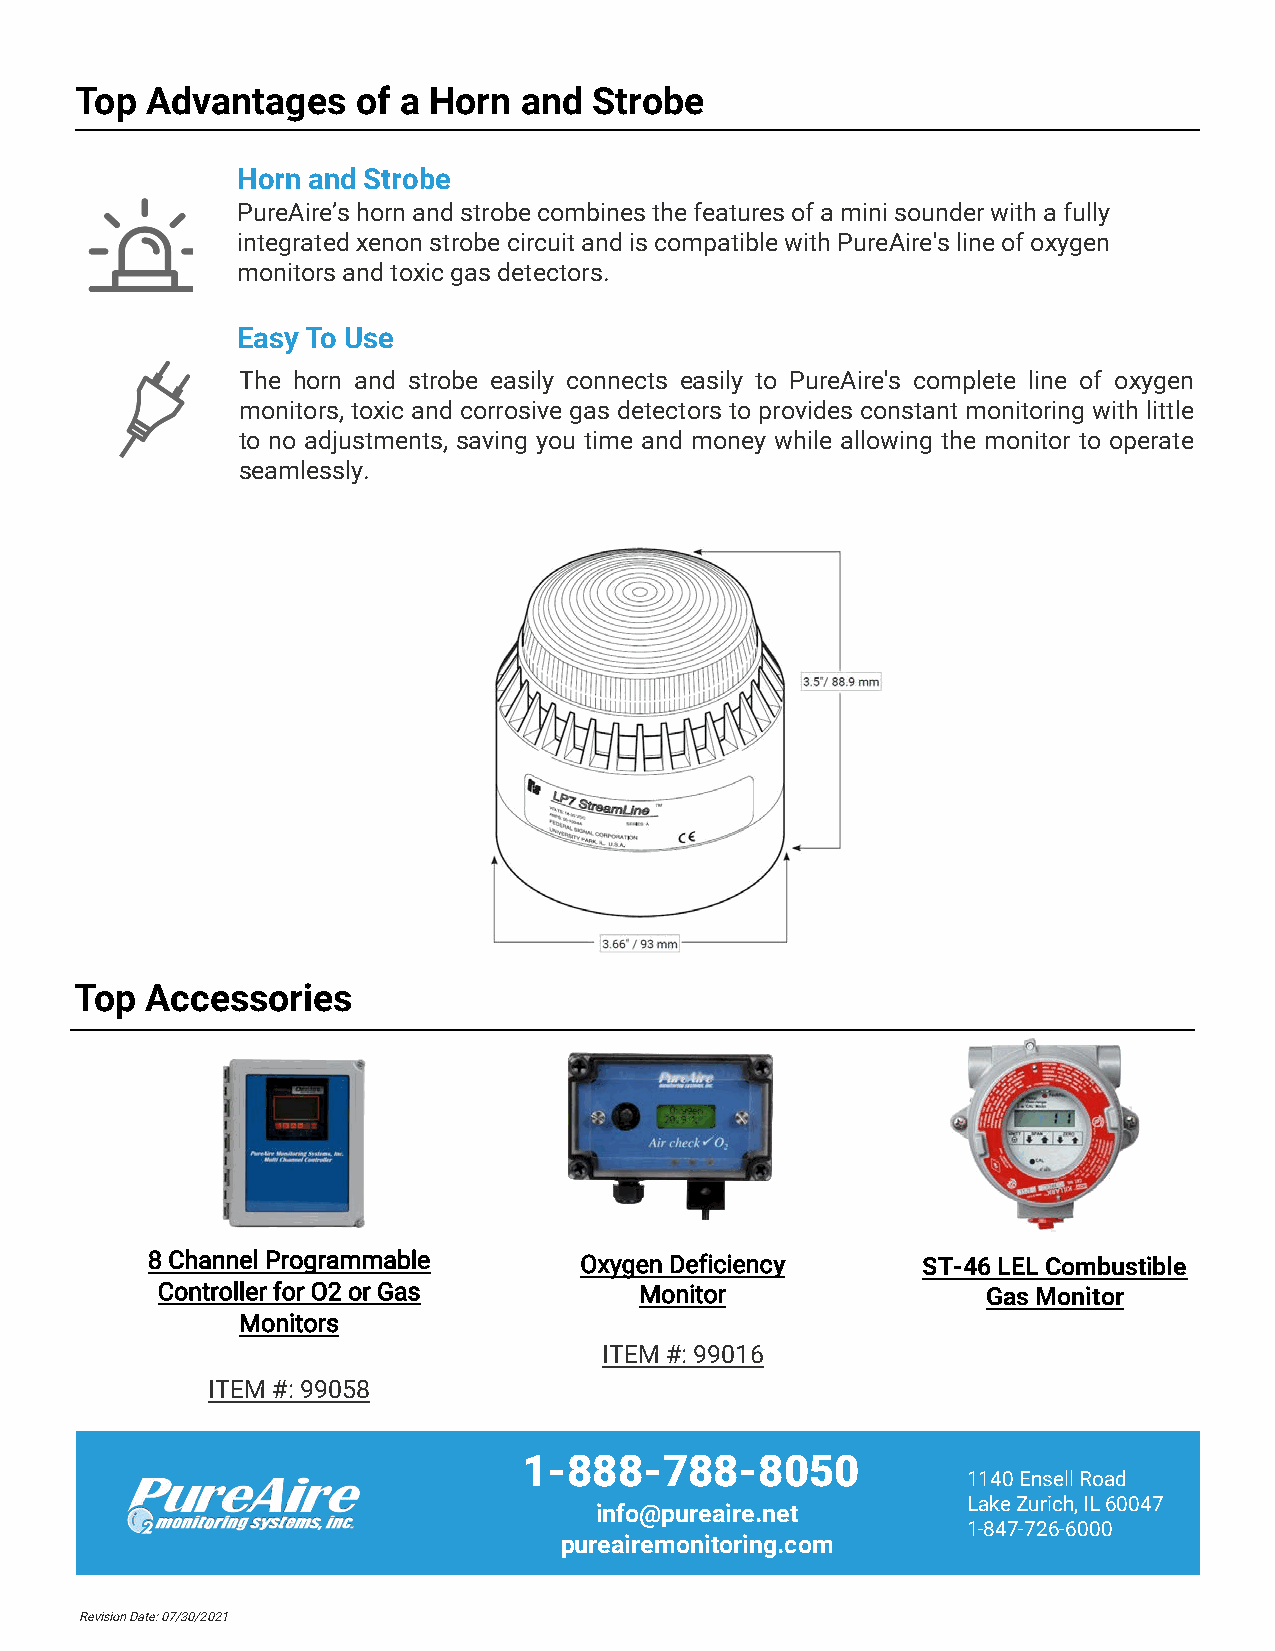
Top  Advantages    of a Horn and  Strobe
 Horn and Strobe
 PureAire’s horn and strobe combines the features of a mini sounder with a fully
 integrated xenon strobe circuit and is compatible with PureAire's line of oxygen
 monitors and toxic gas detectors.
 Easy To Use
 The horn and strobe easily connects easily to PureAire's complete line of oxygen
 monitors, toxic and corrosive gas detectors to provides constant monitoring with little
 to no adjustments, saving you time and money while allowing the monitor to operate
 seamlessly.
 Top  Accessories
 8 Channel Programmable      Oxygen Deficiency      ST-46 LEL Combustible
 Controller for O2 or Gas        Monitor                Gas Monitor
 Monitors
 ITEM #: 99016
 ITEM #: 99058
 1-888-788-8050
 1140 Ensell Road
 Lake Zurich, IL 60047
 info@pureaire.net
 1-847-726-6000
 pureairemonitoring.com
 Revision Date: 07/30/2021